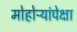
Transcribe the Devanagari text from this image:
मोहोऱ्यांपेक्षा